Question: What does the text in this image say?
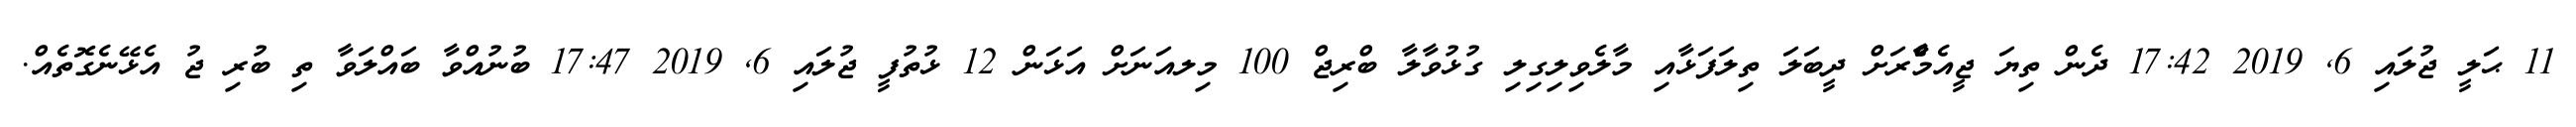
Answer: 11 ޙަލީ ޖުލައި 6, 2019 17:42 ދެން ތިޔަ ޖީއެމްެާރަށް ދީބަލަ ތިލަފަޅާއި މާލެވިލިގިލި ގުޅުވާލާ ބްރިޖް 100 މިލއަނަށް އަޅަން 12 ޅުތުފީ ޖުލައި 6, 2019 17:47 ބުނުއްވާ ބައްލަވާ ތި ބުރި ޖު އެޅޭނެގޮތެއް.